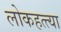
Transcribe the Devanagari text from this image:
लोकहत्त्या